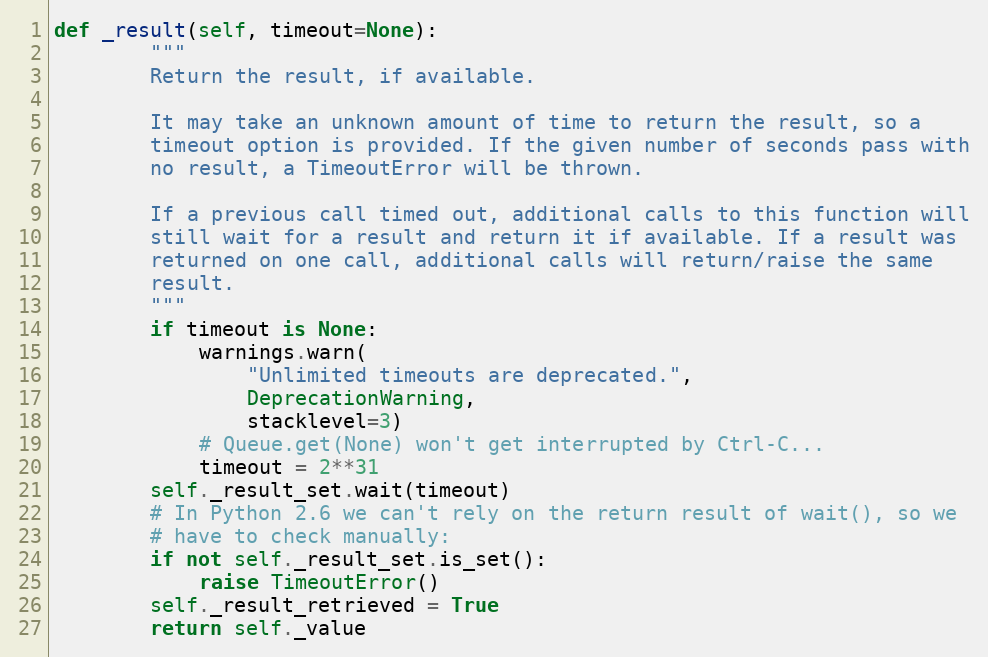
Language: Python
def _result(self, timeout=None):
        """
        Return the result, if available.

        It may take an unknown amount of time to return the result, so a
        timeout option is provided. If the given number of seconds pass with
        no result, a TimeoutError will be thrown.

        If a previous call timed out, additional calls to this function will
        still wait for a result and return it if available. If a result was
        returned on one call, additional calls will return/raise the same
        result.
        """
        if timeout is None:
            warnings.warn(
                "Unlimited timeouts are deprecated.",
                DeprecationWarning,
                stacklevel=3)
            # Queue.get(None) won't get interrupted by Ctrl-C...
            timeout = 2**31
        self._result_set.wait(timeout)
        # In Python 2.6 we can't rely on the return result of wait(), so we
        # have to check manually:
        if not self._result_set.is_set():
            raise TimeoutError()
        self._result_retrieved = True
        return self._value